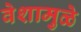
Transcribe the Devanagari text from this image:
वेशामुळे